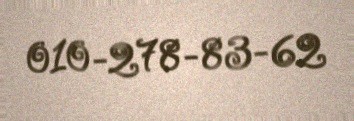
010-278-83-62